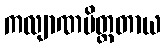
ကလျာဏမိတ္တတာယ